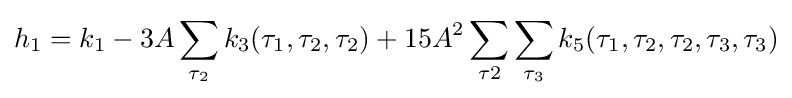
h_{1}=k_{1}-3A\sum _{\tau _{2}}k_{3}(\tau _{1},\tau _{2},\tau _{2})+15A^{2}\sum _{\tau 2}\sum _{\tau _{3}}k_{5}(\tau _{1},\tau _{2},\tau _{2},\tau _{3},\tau _{3})